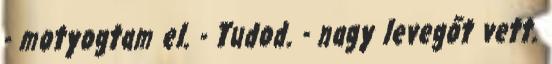
- motyogtam el. - Tudod. - nagy levegőt vett.